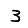
Digit: 3